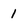
Character: 1